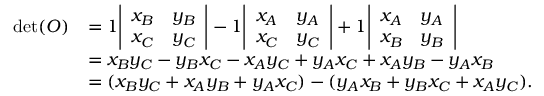
{ \begin{array} { r l } { \operatorname* { d e t } ( O ) } & { = 1 { \left| \begin{array} { l l } { x _ { B } } & { y _ { B } } \\ { x _ { C } } & { y _ { C } } \end{array} \right| } - 1 { \left| \begin{array} { l l } { x _ { A } } & { y _ { A } } \\ { x _ { C } } & { y _ { C } } \end{array} \right| } + 1 { \left| \begin{array} { l l } { x _ { A } } & { y _ { A } } \\ { x _ { B } } & { y _ { B } } \end{array} \right| } } \\ & { = x _ { B } y _ { C } - y _ { B } x _ { C } - x _ { A } y _ { C } + y _ { A } x _ { C } + x _ { A } y _ { B } - y _ { A } x _ { B } } \\ & { = ( x _ { B } y _ { C } + x _ { A } y _ { B } + y _ { A } x _ { C } ) - ( y _ { A } x _ { B } + y _ { B } x _ { C } + x _ { A } y _ { C } ) . } \end{array} }